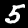
Label: 5